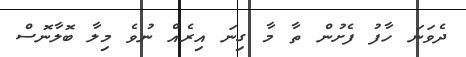
ދެވަނަ ހާފު ފެށުން ތާ މާ ގިނަ އިރެއް ނުވެ މިލާ ބޮލާނޮސް